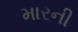
મારની